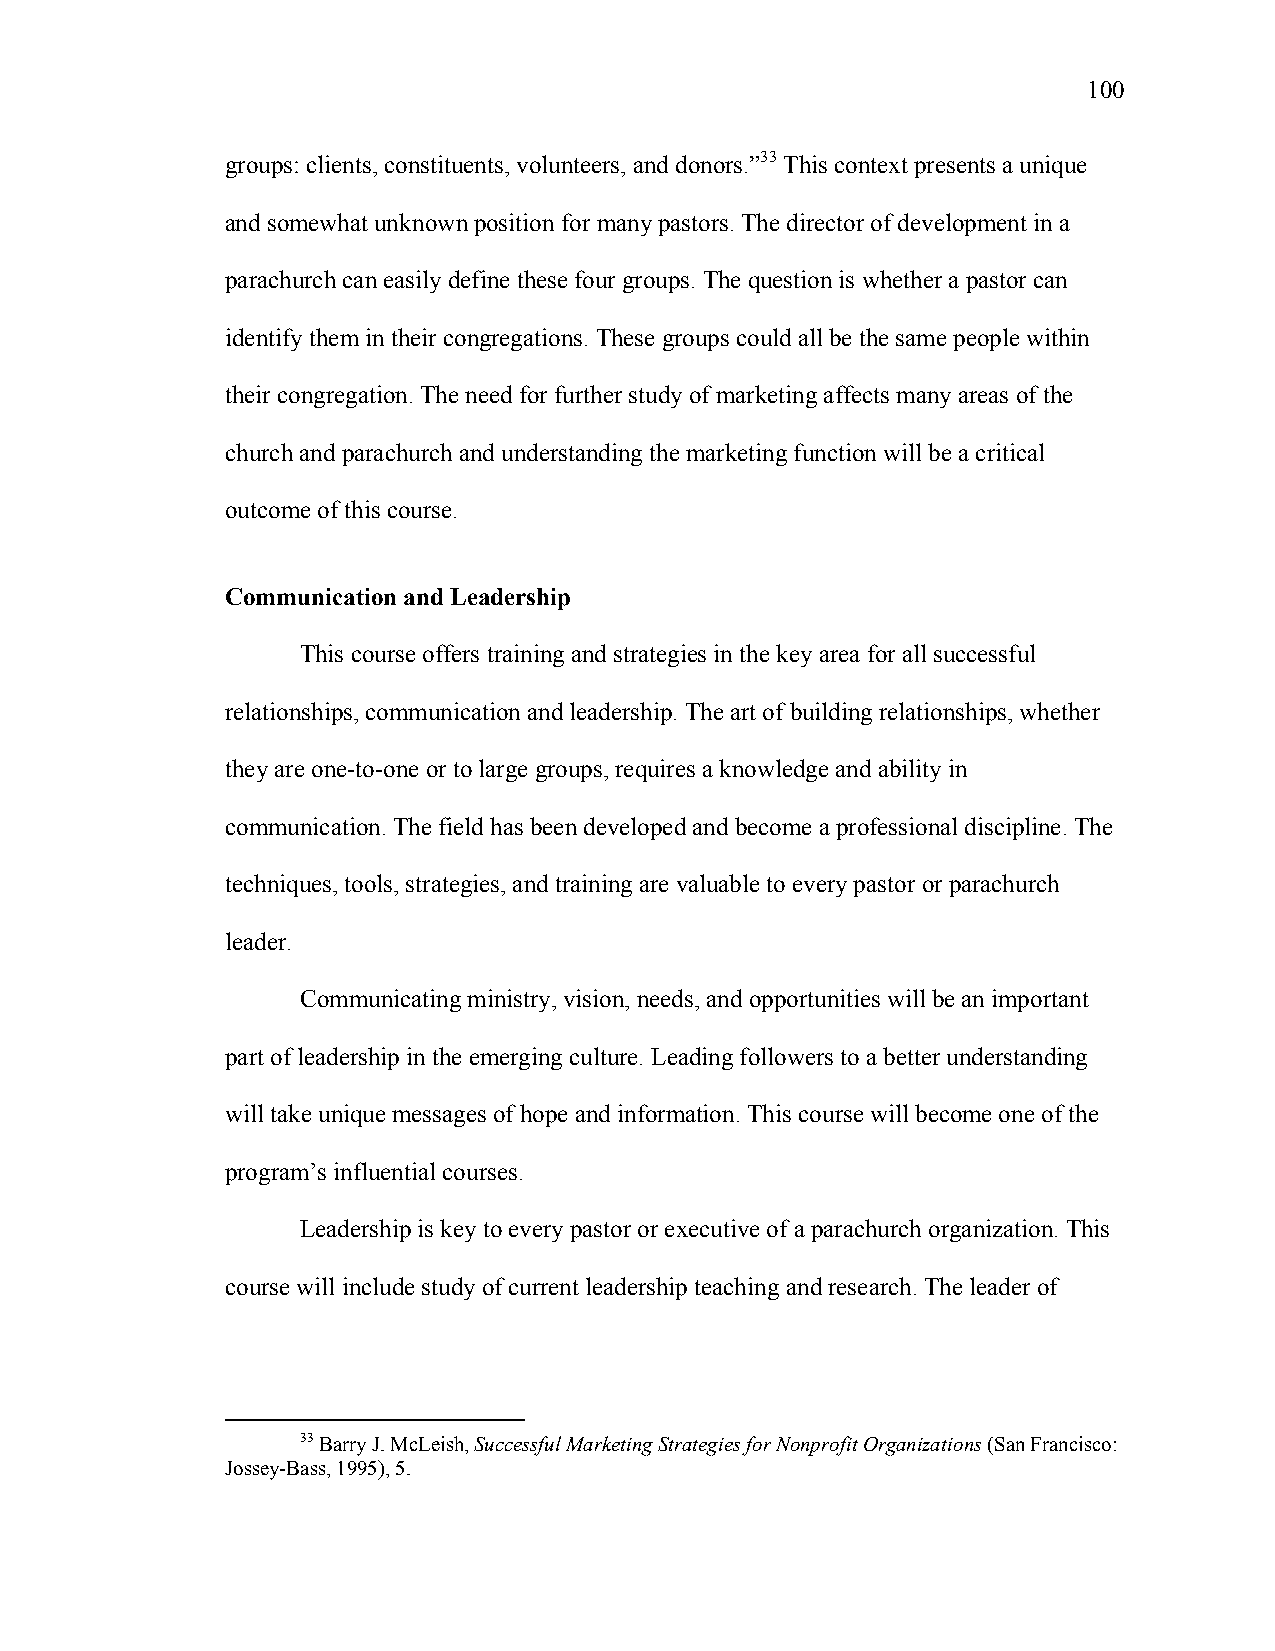
100
 groups: clients, constituents, volunteers, and donors.”33 This context presents a unique
 and somewhat unknown position for many pastors. The director of development in a
 parachurch can easily define these four groups. The question is whether a pastor can
 identify them in their congregations. These groups could all be the same people within
 their congregation. The need for further study of marketing affects many areas of the
 church and parachurch and understanding the marketing function will be a critical
 outcome of this course.
 Communication and Leadership
 This course offers training and strategies in the key area for all successful
 relationships, communication and leadership. The art of building relationships, whether
 they are one-to-one or to large groups, requires a knowledge and ability in
 communication. The field has been developed and become a professional discipline. The
 techniques, tools, strategies, and training are valuable to every pastor or parachurch
 leader.
 Communicating ministry, vision, needs, and opportunities will be an important
 part of leadership in the emerging culture. Leading followers to a better understanding
 will take unique messages of hope and information. This course will become one of the
 program’s influential courses.
 Leadership is key to every pastor or executive of a parachurch organization. This
 course will include study of current leadership teaching and research. The leader of
 33 Barry J. McLeish, Successful Marketing Strategies for Nonprofit Organizations (San Francisco:
 Jossey-Bass, 1995), 5.